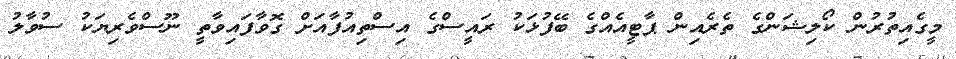
މީގެއިތުރުން ކޯލިޝަންގެ ތެރެއިން ޕާޓީއެއްގެ ބޭފުޅަކު ރައީސްގެ އިސްތިއުފާއަށް ގޮވާފައިވާތީ ނޫސްވެރިޔަކު ސުވާލު